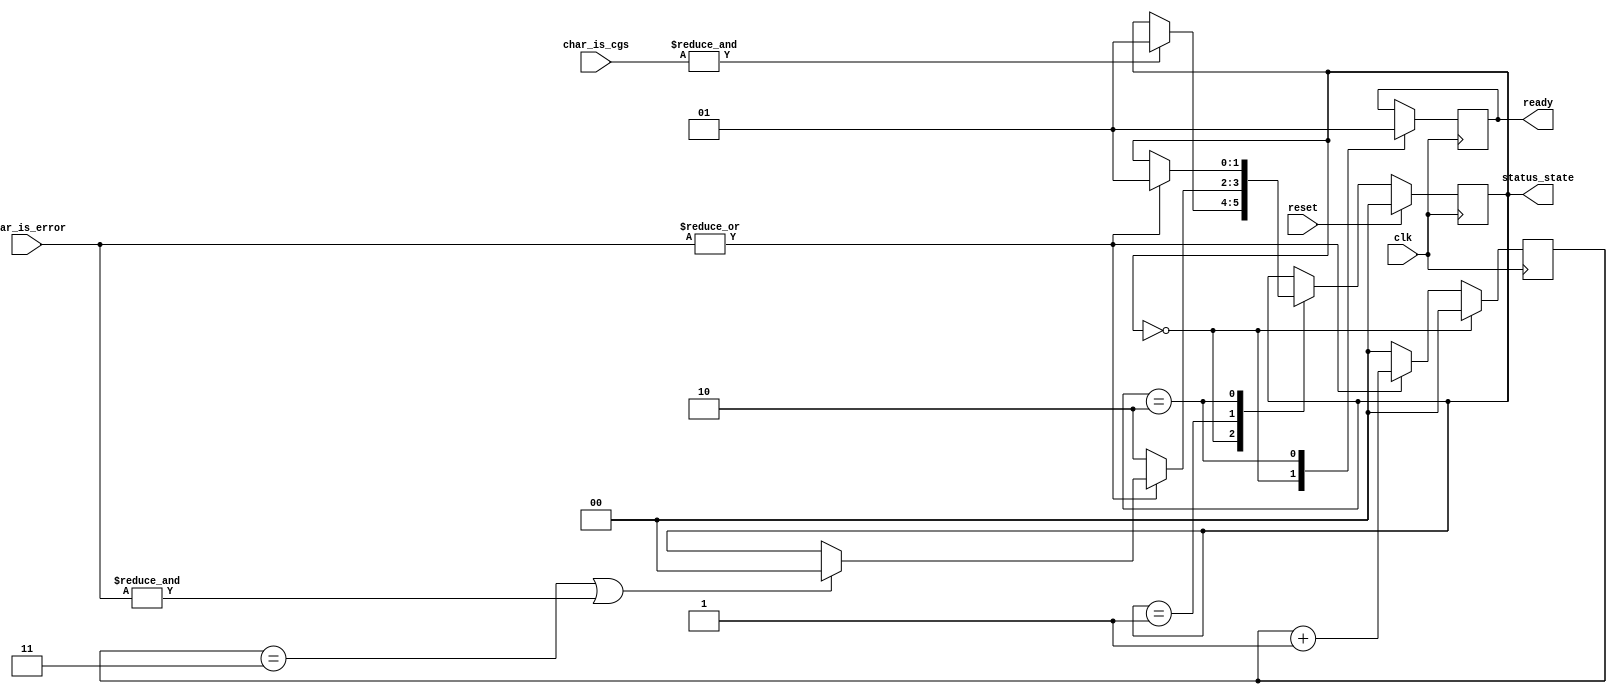
//
// The ADI JESD204 Core is released under the following license, which is
// different than all other HDL cores in this repository.
//
// Please read this, and understand the freedoms and responsibilities you have
// by using this source code/core.
//
// The JESD204 HDL, is copyright  2016-2017 Analog Devices Inc.
//
// This core is free software, you can use run, copy, study, change, ask
// questions about and improve this core. Distribution of source, or resulting
// binaries (including those inside an FPGA or ASIC) require you to release the
// source of the entire project (excluding the system libraries provide by the
// tools/compiler/FPGA vendor). These are the terms of the GNU General Public
// License version 2 as published by the Free Software Foundation.
//
// This core  is distributed in the hope that it will be useful, but WITHOUT ANY
// WARRANTY; without even the implied warranty of MERCHANTABILITY or FITNESS FOR
// A PARTICULAR PURPOSE. See the GNU General Public License for more details.
//
// You should have received a copy of the GNU General Public License version 2
// along with this source code, and binary.  If not, see
// <http://www.gnu.org/licenses/>.
//
// Commercial licenses (with commercial support) of this JESD204 core are also
// available under terms different than the General Public License. (e.g. they
// do not require you to accompany any image (FPGA or ASIC) using the JESD204
// core with any corresponding source code.) For these alternate terms you must
// purchase a license from Analog Devices Technology Licensing Office. Users
// interested in such a license should contact jesd204-licensing@analog.com for
// more information. This commercial license is sub-licensable (if you purchase
// chips from Analog Devices, incorporate them into your PCB level product, and
// purchase a JESD204 license, end users of your product will also have a
// license to use this core in a commercial setting without releasing their
// source code).
//
// In addition, we kindly ask you to acknowledge ADI in any program, application
// or publication in which you use this JESD204 HDL core. (You are not required
// to do so; it is up to your common sense to decide whether you want to comply
// with this request or not.) For general publications, we suggest referencing :
// The design and implementation of the JESD204 HDL Core used in this project
// is copyright  2016-2017, Analog Devices, Inc.
//

`timescale 1ns/100ps

module jesd204_rx_cgs #(
  parameter DATA_PATH_WIDTH = 4
) (
  input clk,
  input reset,

  input [DATA_PATH_WIDTH-1:0] char_is_cgs,
  input [DATA_PATH_WIDTH-1:0] char_is_error,

  output ready,

  output [1:0] status_state
);

localparam CGS_STATE_INIT = 2'b00;
localparam CGS_STATE_CHECK = 2'b01;
localparam CGS_STATE_DATA = 2'b10;

reg [1:0] state = CGS_STATE_INIT;
reg rdy = 1'b0;
reg [1:0] beat_error_count = 'h00;

wire beat_is_cgs = &char_is_cgs;
wire beat_has_error = |char_is_error;
wire beat_is_all_error = &char_is_error;

assign ready = rdy;
assign status_state = state;

always @(posedge clk) begin
  if (state == CGS_STATE_INIT) begin
    beat_error_count <= 'h00;
  end else begin
    if (beat_has_error == 1'b1) begin
      beat_error_count <= beat_error_count + 1'b1;
    end else begin
      beat_error_count <= 'h00;
    end
  end
end

always @(posedge clk) begin
  if (reset == 1'b1) begin
    state <= CGS_STATE_INIT;
  end else begin
    case (state)
    CGS_STATE_INIT: begin
      if (beat_is_cgs == 1'b1) begin
        state <= CGS_STATE_CHECK;
      end
    end
    CGS_STATE_CHECK: begin
      if (beat_has_error == 1'b1) begin
        if (beat_error_count == 'h3 ||
            beat_is_all_error == 1'b1) begin
          state <= CGS_STATE_INIT;
        end
      end else begin
        state <= CGS_STATE_DATA;
      end
    end
    CGS_STATE_DATA: begin
      if (beat_has_error == 1'b1) begin
        state <= CGS_STATE_CHECK;
      end
    end
    endcase
  end
end

always @(posedge clk) begin
  case (state)
  CGS_STATE_INIT: rdy <= 1'b0;
  CGS_STATE_DATA: rdy <= 1'b1;
  default: rdy <= rdy;
  endcase
end

endmodule